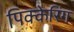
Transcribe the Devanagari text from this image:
पिक्केरिंग